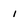
Character: i